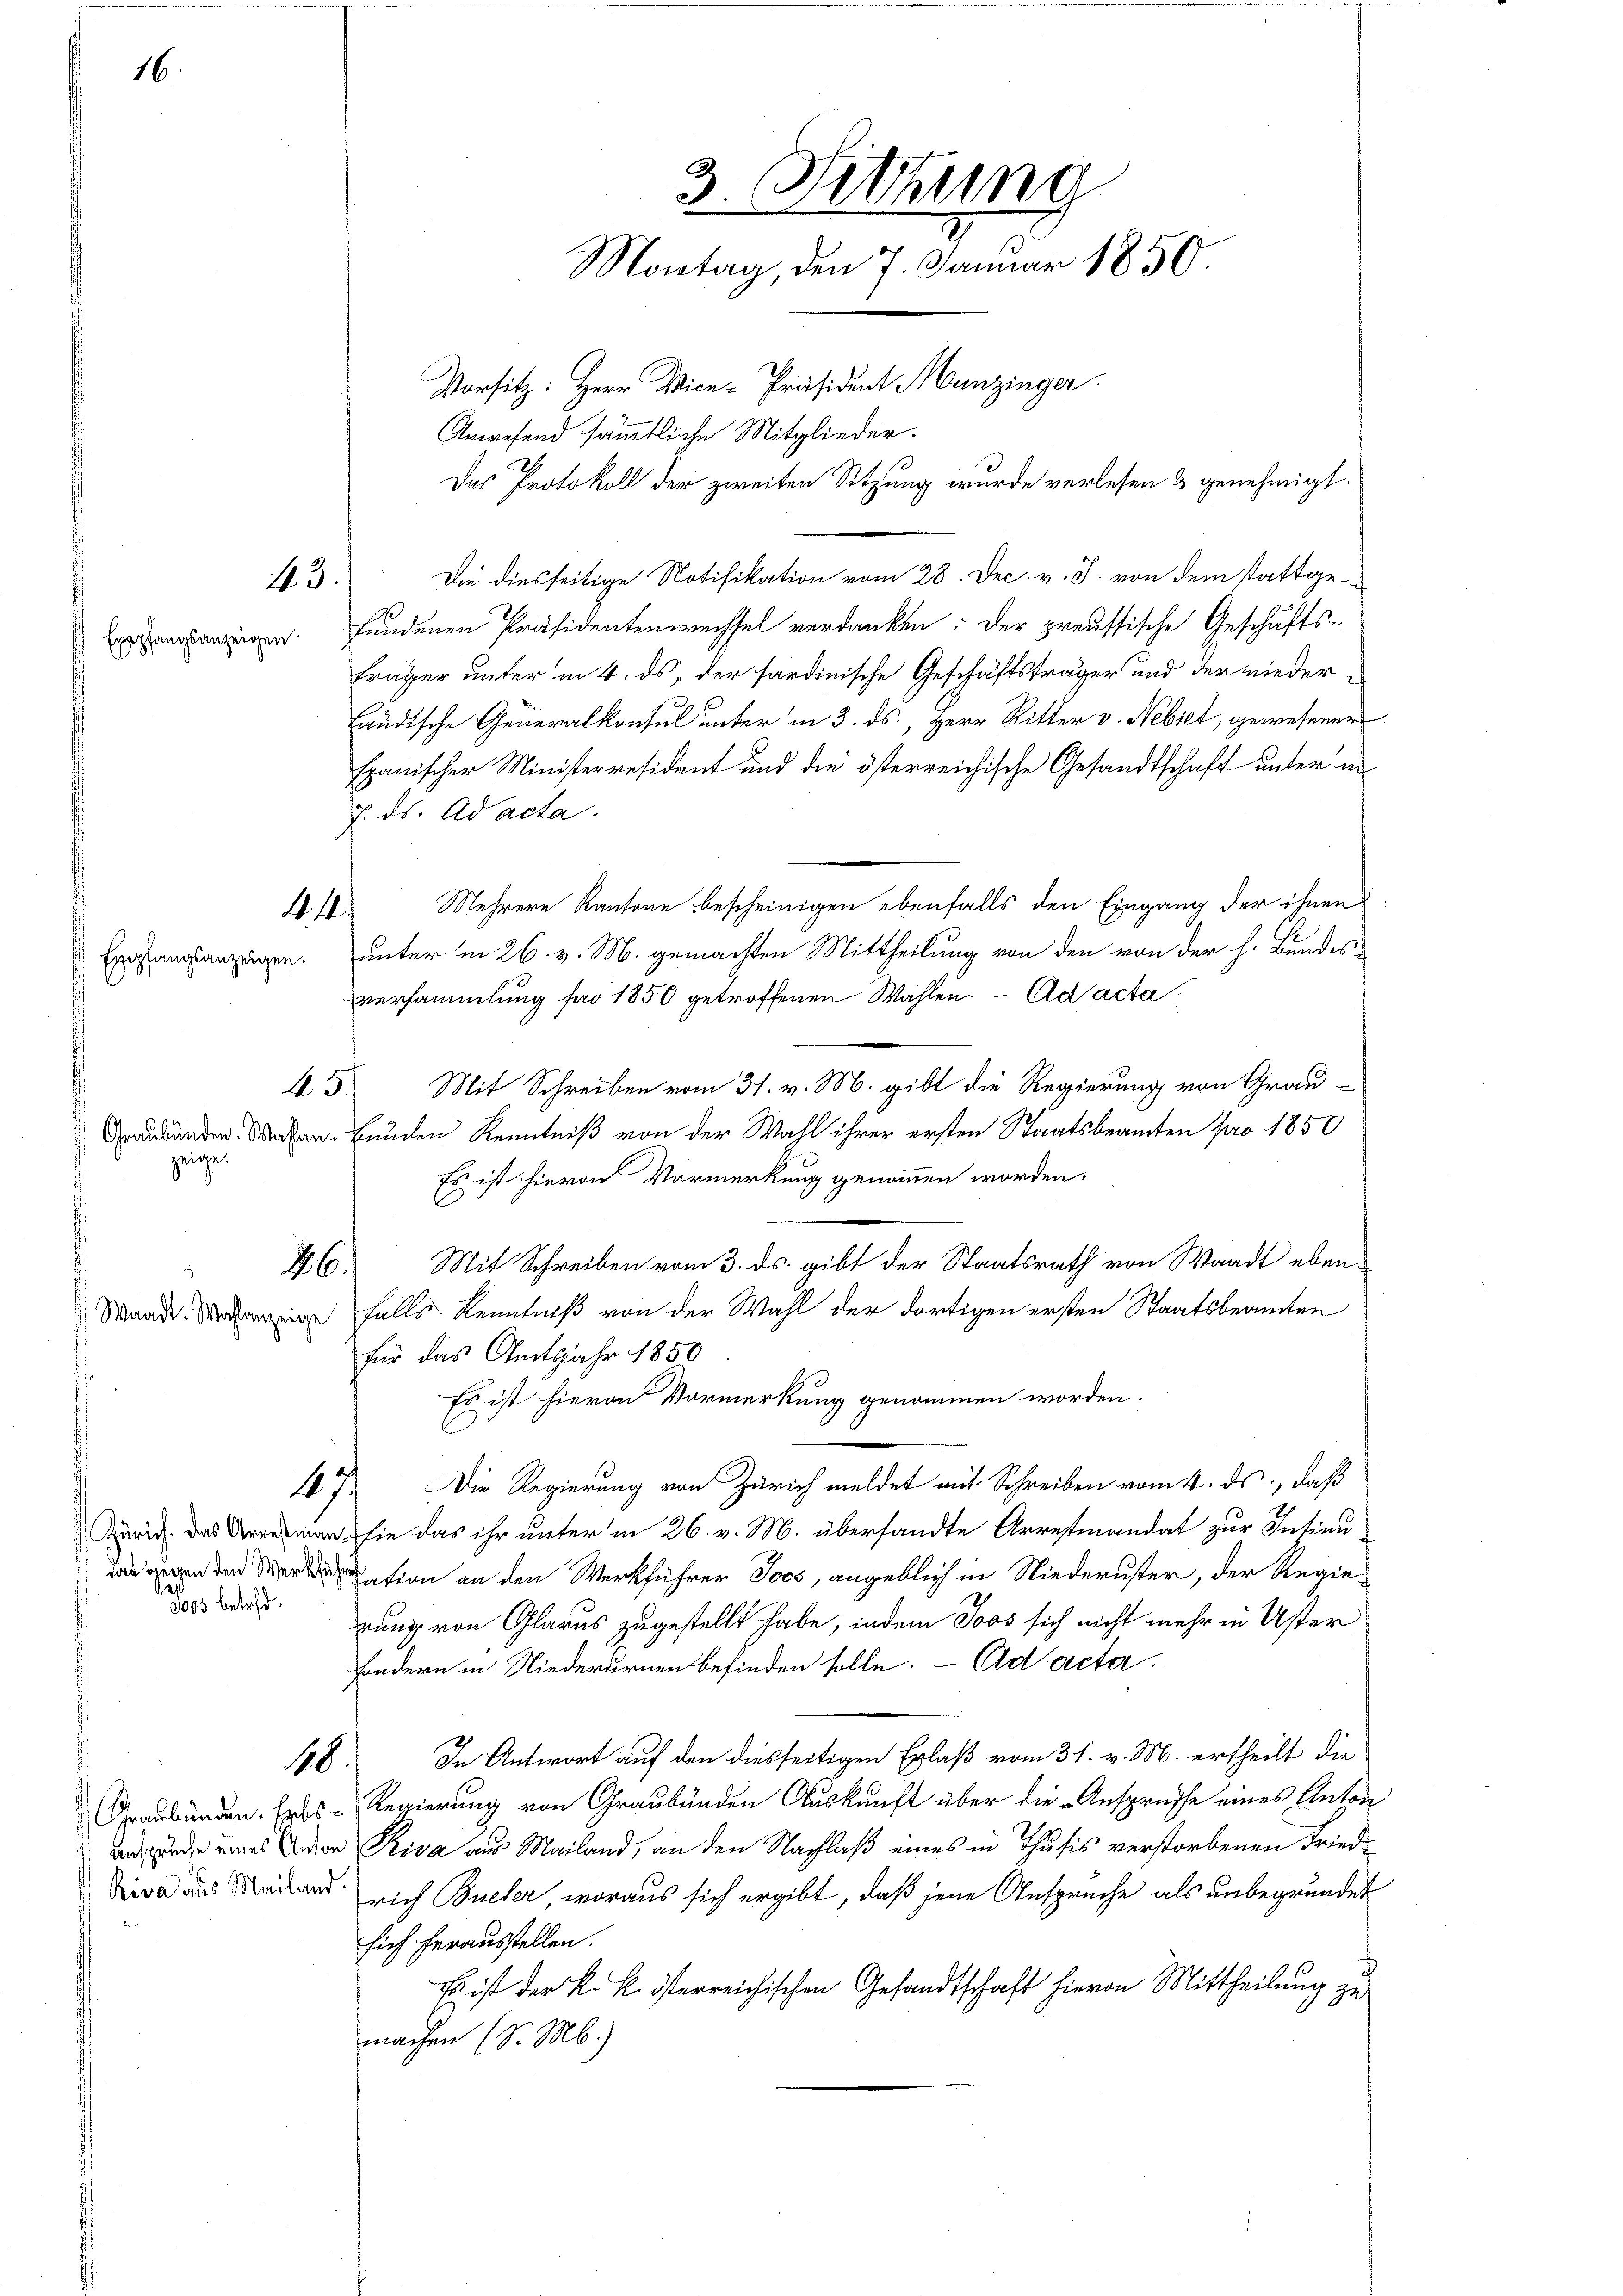
43.
ppfangsanzeigen

M. M.
fangsanzeigen.

zeige.

aadt. Wahlanzeige

45.

.
Tops betr.

18.

Die diesseitige Notifikation vom 28. Dec. v. J. von dem stattgefundenen Präsidentenwechsel verdanken: der preussische Geschäfts-
Frager unter in 4. ds, der sardinische Geschäftsträger und der niederländische Generalkonsul unter in 3. ds., Herr Ritter v. Nebiet, gewesener
Epanischer Ministerresident und die österreichische Gesandtschaft unter in
7. ds. ad acta.
Mehrere Kantone bescheinigen ebenfalls den Eingang der ihnen
unter in 26. v. M. gemachten Mittheilung von den von der h. Bundes
versammlung für 1850 getroffenen Wahlen. - Ad acta
Mit Schreiben vom 31. v. M. gibt die Regierung von Grau-
unden Worten Bunden Kenntniß von der Wahl ihrer ersten Staatsbeamten pro 1850
Es ist hievon Vormerkung genommen worden.
46. Mit Schreiben vom 3. ds. gibt der Staatsrath von Waadt ebenfalls Kenntniß von der Wahl der dortigen ersten Staatsbeamten
für das Amtsjahr 1850
Es ist hievon Vormerkung genommen worden.
167. Die Regierung von Zürich meldet mit Schreiben vom 4. ds., daß
i man sie das ihr unter in 26. v. M. übersandte Arrestiandat zur Intinusion an den Werkführer Joos, angeblich in Niederuster, der Regierung von Glarus zugestellt habe, indem Joos sich nicht mehr in Uster
sondern in Niederurnen befinden solle. Ad acta.
In Antwort auf den diesseitigen Erlaß vom 31. v. M. ertheilt die
Graubünden. Erbs - Regierung von Graubünden Auskunft über die Ansprüche eines Anton
an und eines Anden Riva aus Mailand, an den Nachlaß eines in Thusis verstorbenen Fried¬
Da das Mailand rich Büeler, woraus sich ergibt, daß jene Ansprüche als unbegründet
sich herausstellen.
Es ist der k. k. österreichischen Gesandtschaft hievon Mittheilung zu
machen (S. M.)

3. Fettung
Montag, den 7. Januar 1850.
Vorsitz: Herr Vice-Präsident Munzinger
Anwesend sämmtliche Mitglieder.
Das Protokoll der zweiten Sitzung wurde verlesen & genehmigt.